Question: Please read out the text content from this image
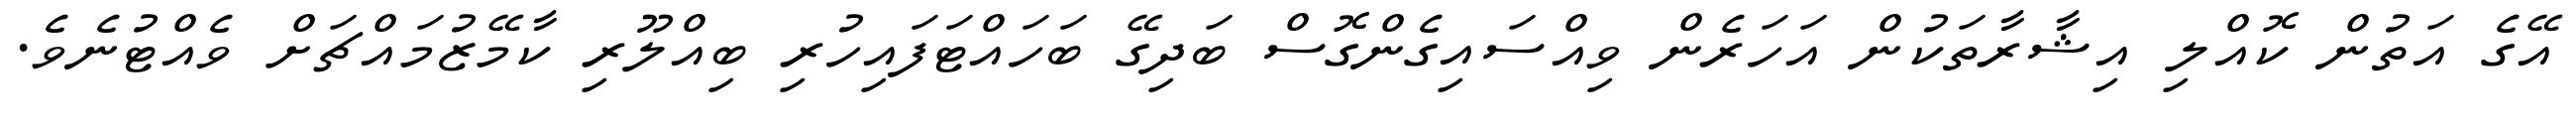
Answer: އޭގެ އަތުން ކޮއްލި އިޝާރާތަކުން އަހަރެން ވިއްސައިގެންގޮސް ބަދިގޭ ބަހައްޓަފައިހުރި ބިއްލޫރި ކާމޭޒުމައްޗަށް ވެއްޓުނެވެ.